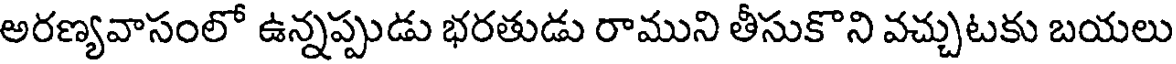
అరణ్యవాసంలో ఉన్నప్పుడు భరతుడు రాముని తీసుకొని వచ్చుటకు బయలు